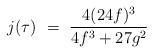
LaTeX: \begin{align*}j(\tau) ~=~ {4 (24f)^3 \over {4 f^3 + 27 g^2}}\end{align*}